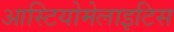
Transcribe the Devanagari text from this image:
आस्टियोमेलाइटिस